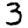
Digit: 3